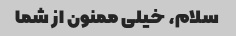
سلام، خیلی ممنون از شما